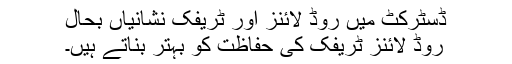
ڈسٹرکٹ میں روڈ لائنز اور ٹریفک نشانیاں بحال
روڈ لائنز ٹریفک کی حفاظت کو بہتر بناتے ہیں۔